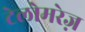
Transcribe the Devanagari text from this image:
टेलोमरेज़